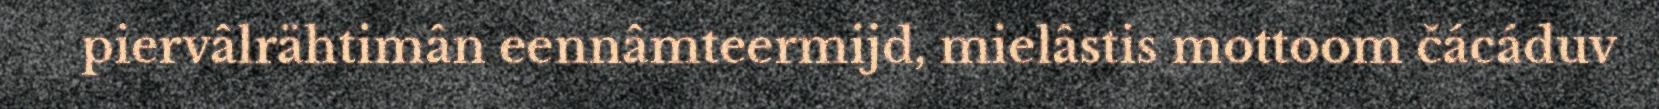
piervâlrähtimân eennâmteermijd, mielâstis mottoom čácáduv